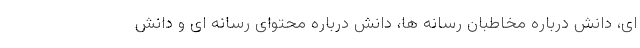
ای، دانش درباره مخاطبان رسانه ها، دانش درباره محتوای رسانه ای و دانش